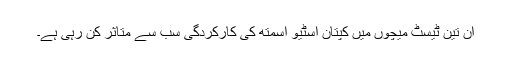
ان تین ٹیسٹ میچوں میں کپتان اسٹیو اسمتھ کی کارکردگی سب سے متاثر کن رہی ہے۔